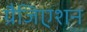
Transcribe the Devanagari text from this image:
ग्रैजिएशन